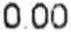
0.00